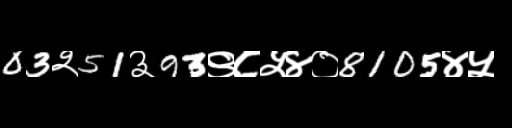
Text: 03२51३93९८५४०8105४५